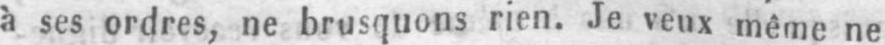
à ses ordres, ne brusquons rien. Je veux même ne